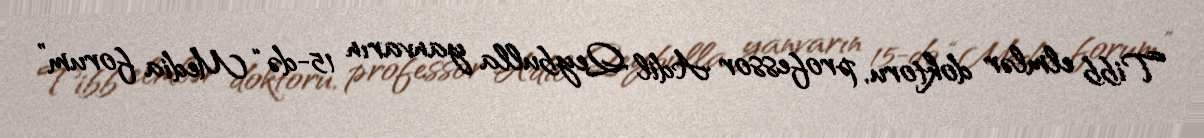
Tibb elmlər doktoru, professor Adil Qeybulla yanvarın 15-də “Media forum”